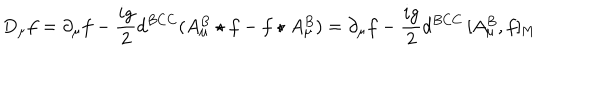
D _ { \mu } f = \partial _ { \mu } f - { \frac { i g } { 2 } } d ^ { B C C } ( A _ { \mu } ^ { B } \star f - f \star A _ { \mu } ^ { B } ) = \partial _ { \mu } f - { \frac { i g } { 2 } } d ^ { B C C } \, [ A _ { \mu } ^ { B } , f ] _ { \mathrm { M } }